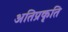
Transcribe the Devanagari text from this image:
अतिप्रकृति